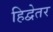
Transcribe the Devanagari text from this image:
हिद्वेतर